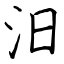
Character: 汨